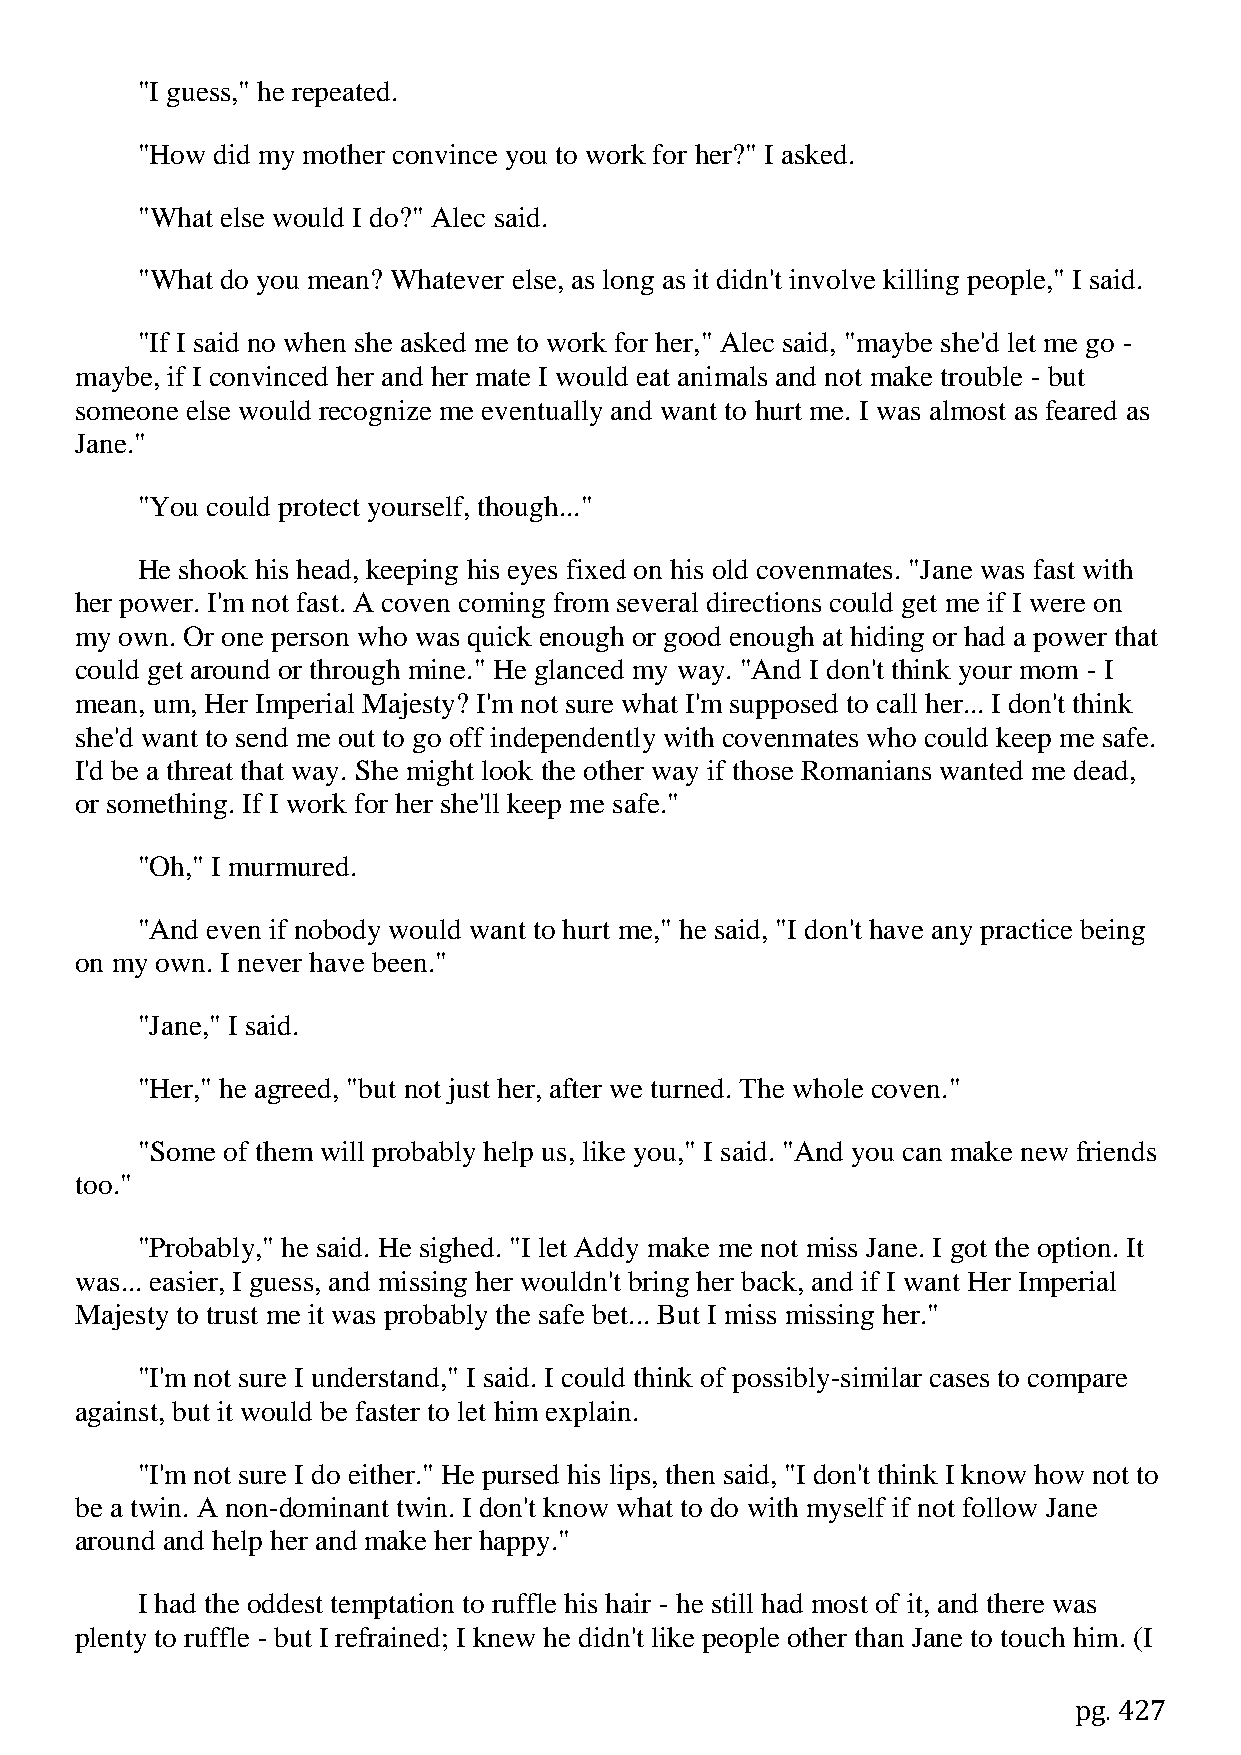
"I guess," he repeated.
 "How did my mother convince you to work for her?" I asked.
 "What else would I do?" Alec said.
 "What do you mean? Whatever else, as long as it didn't involve killing people," I said.
 "If I said no when she asked me to work for her," Alec said, "maybe she'd let me go -
 maybe, if I convinced her and her mate I would eat animals and not make trouble - but
 someone else would recognize me eventually and want to hurt me. I was almost as feared as
 Jane."
 "You could protect yourself, though..."
 He shook his head, keeping his eyes fixed on his old covenmates. "Jane was fast with
 her power. I'm not fast. A coven coming from several directions could get me if I were on
 my own. Or one person who was quick enough or good enough at hiding or had a power that
 could get around or through mine." He glanced my way. "And I don't think your mom - I
 mean, um, Her Imperial Majesty? I'm not sure what I'm supposed to call her... I don't think
 she'd want to send me out to go off independently with covenmates who could keep me safe.
 I'd be a threat that way. She might look the other way if those Romanians wanted me dead,
 or something. If I work for her she'll keep me safe."
 "Oh," I murmured.
 "And even if nobody would want to hurt me," he said, "I don't have any practice being
 on my own. I never have been."
 "Jane," I said.
 "Her," he agreed, "but not just her, after we turned. The whole coven."
 "Some of them will probably help us, like you," I said. "And you can make new friends
 too."
 "Probably," he said. He sighed. "I let Addy make me not miss Jane. I got the option. It
 was... easier, I guess, and missing her wouldn't bring her back, and if I want Her Imperial
 Majesty to trust me it was probably the safe bet... But I miss missing her."
 "I'm not sure I understand," I said. I could think of possibly-similar cases to compare
 against, but it would be faster to let him explain.
 "I'm not sure I do either." He pursed his lips, then said, "I don't think I know how not to
 be a twin. A non-dominant twin. I don't know what to do with myself if not follow Jane
 around and help her and make her happy."
 I had the oddest temptation to ruffle his hair - he still had most of it, and there was
 plenty to ruffle - but I refrained; I knew he didn't like people other than Jane to touch him. (I
 pg. 427